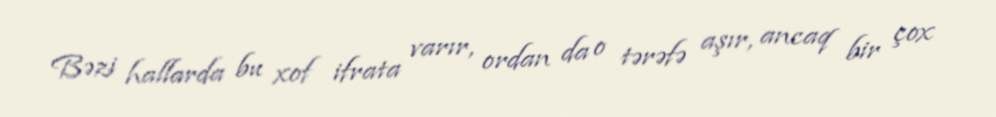
Bəzi hallarda bu xof ifrata varır, ordan da o tərəfə aşır, ancaq bir çox